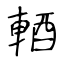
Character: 輏